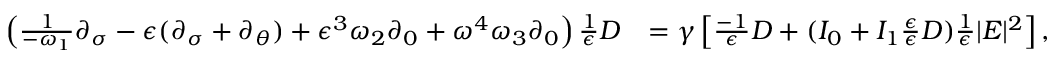
\begin{array} { r l } { \left( \frac { 1 } { - \omega _ { 1 } } \partial _ { \sigma } - \epsilon ( \partial _ { \sigma } + \partial _ { \theta } ) + \epsilon ^ { 3 } \omega _ { 2 } \partial _ { 0 } + \omega ^ { 4 } \omega _ { 3 } \partial _ { 0 } \right) \frac { 1 } { \epsilon } D } & { = \gamma \left[ \frac { - 1 } { \epsilon } D + ( I _ { 0 } + I _ { 1 } \frac { \epsilon } { \epsilon } D ) \frac { 1 } { \epsilon } | E | ^ { 2 } \right] , } \end{array}